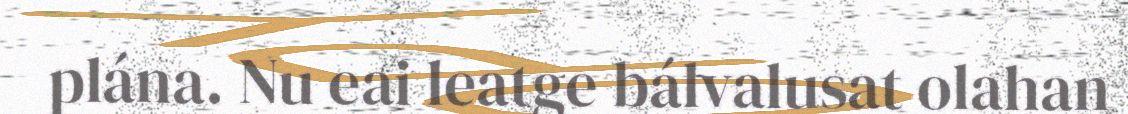
plána. Nu eai leatge bálvalusat olahan